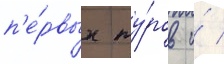
п'е́рвых ту́ров и́ /